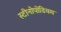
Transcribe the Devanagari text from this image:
स्टीनोपोडियम